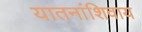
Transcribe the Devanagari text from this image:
यातनांशिवाय